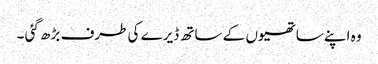
وہ اپنے ساتھیوں کے ساتھ ڈیرے کی طرف بڑھ گئی ۔